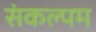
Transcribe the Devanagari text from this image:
संकल्पम